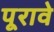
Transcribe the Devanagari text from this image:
पूरावे